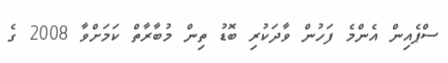
ސްޕެއިން އެންމެ ފަހުން ވާދަކުރި ބޮޑު ތިން މުބާރާތް ކަމަށްވާ 2008 ގެ